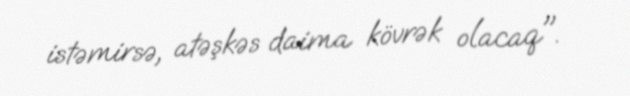
istəmirsə, atəşkəs daima kövrək olacaq".